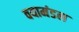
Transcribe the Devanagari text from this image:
वयामंडल